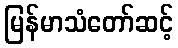
မြန်မာသံတော်ဆင့်